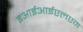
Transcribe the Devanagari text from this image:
इआईआईएलएम